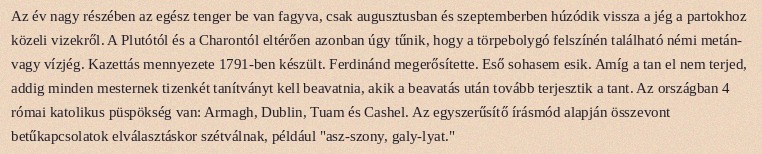
Az év nagy részében az egész tenger be van fagyva, csak augusztusban és szeptemberben húzódik vissza a jég a partokhoz közeli vizekről. A Plutótól és a Charontól eltérően azonban úgy tűnik, hogy a törpebolygó felszínén található némi metán- vagy vízjég. Kazettás mennyezete 1791-ben készült. Ferdinánd megerősítette. Eső sohasem esik. Amíg a tan el nem terjed, addig minden mesternek tizenkét tanítványt kell beavatnia, akik a beavatás után tovább terjesztik a tant. Az országban 4 római katolikus püspökség van: Armagh, Dublin, Tuam és Cashel. Az egyszerűsítő írásmód alapján összevont betűkapcsolatok elválasztáskor szétválnak, például "asz-szony, galy-lyat."